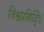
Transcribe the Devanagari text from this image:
विश्वप्रसिद्धि